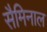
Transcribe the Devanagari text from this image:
सैमिनाल